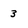
Character: 3